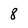
Character: 8